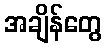
အချိန်တွေ